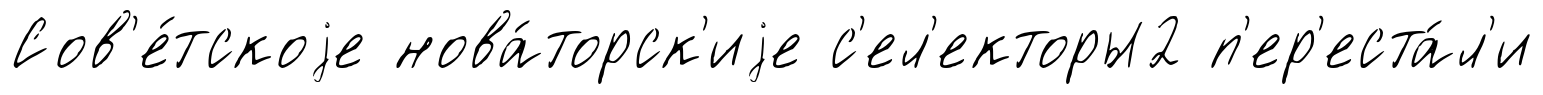
Сов'е́тскоjе нова́торск'иjе с'ел'екторы2 п'ер'еста́л'и